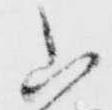
山